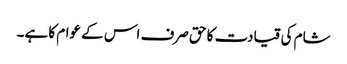
شام کی قیادت کا حق صرف اس کے عوام کا ہے۔